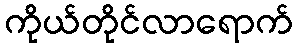
ကိုယ်တိုင်လာရောက်